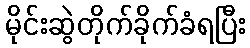
မိုင်းဆွဲတိုက်ခိုက်ခံရပြီး